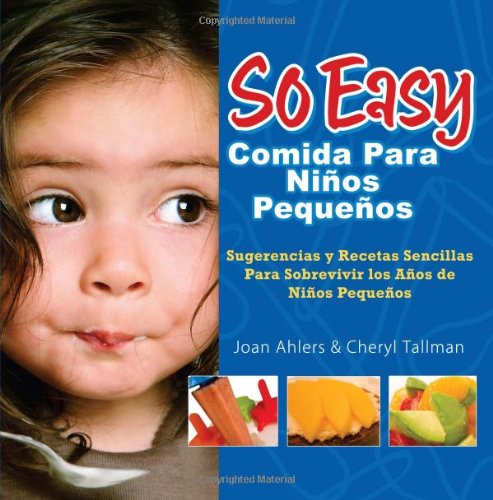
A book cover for So Easy Comida Para Ninos Pequenos: Sugerencias y Recetas Sencillas Para Sobrevivir los Anos de ninos Pequenos (Spanish Edition); Joan Ahlers; Cookbooks, Food & Wine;